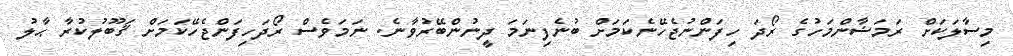
މިސާލަކަށް ރަމަޟާންމަހުގެ ރޯދަ ހިފަންނުޖެހޭނެކަމަށް ބުނެފިނަމަ ދީނުންބޭރުވާނެ. ނަމަވެސް ރޯދަހިފަންޖެހޭކަމަށް ޤަބޫލުކުރާ ޙާލު